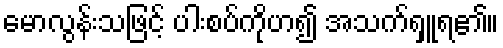
မောလွန်းသဖြင့် ပါးစပ်ကိုဟ၍ အသက်ရှူရ၏။